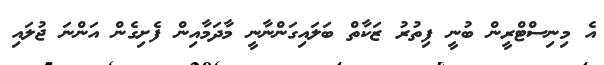
އެ މިނިސްޓްރީން ބުނީ ފިތުރު ޒަކާތް ބަލައިގަންނާނީ މާދަމާއިން ފެށިގެން އަންނަ ޖުލައި